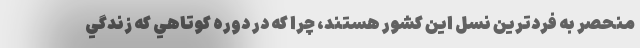
منحصر به فردترين نسل اين كشور هستند، چرا كه در دوره كوتاهي كه زندگي